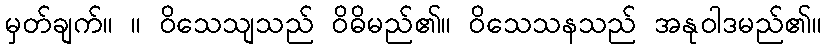
မှတ်ချက်။ ။ ဝိသေသျသည် ဝိဓိမည်၏။ ဝိသေသနသည် အနုဝါဒမည်၏။